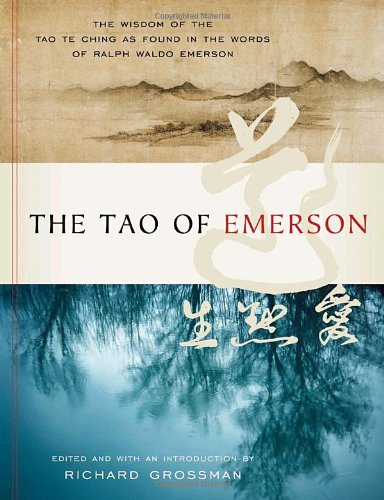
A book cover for The Tao of Emerson: The Wisdom of the Tao Te Ching as Found in the Words of Ralph Waldo Emerson; Ralph Waldo Emerson; Religion & Spirituality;